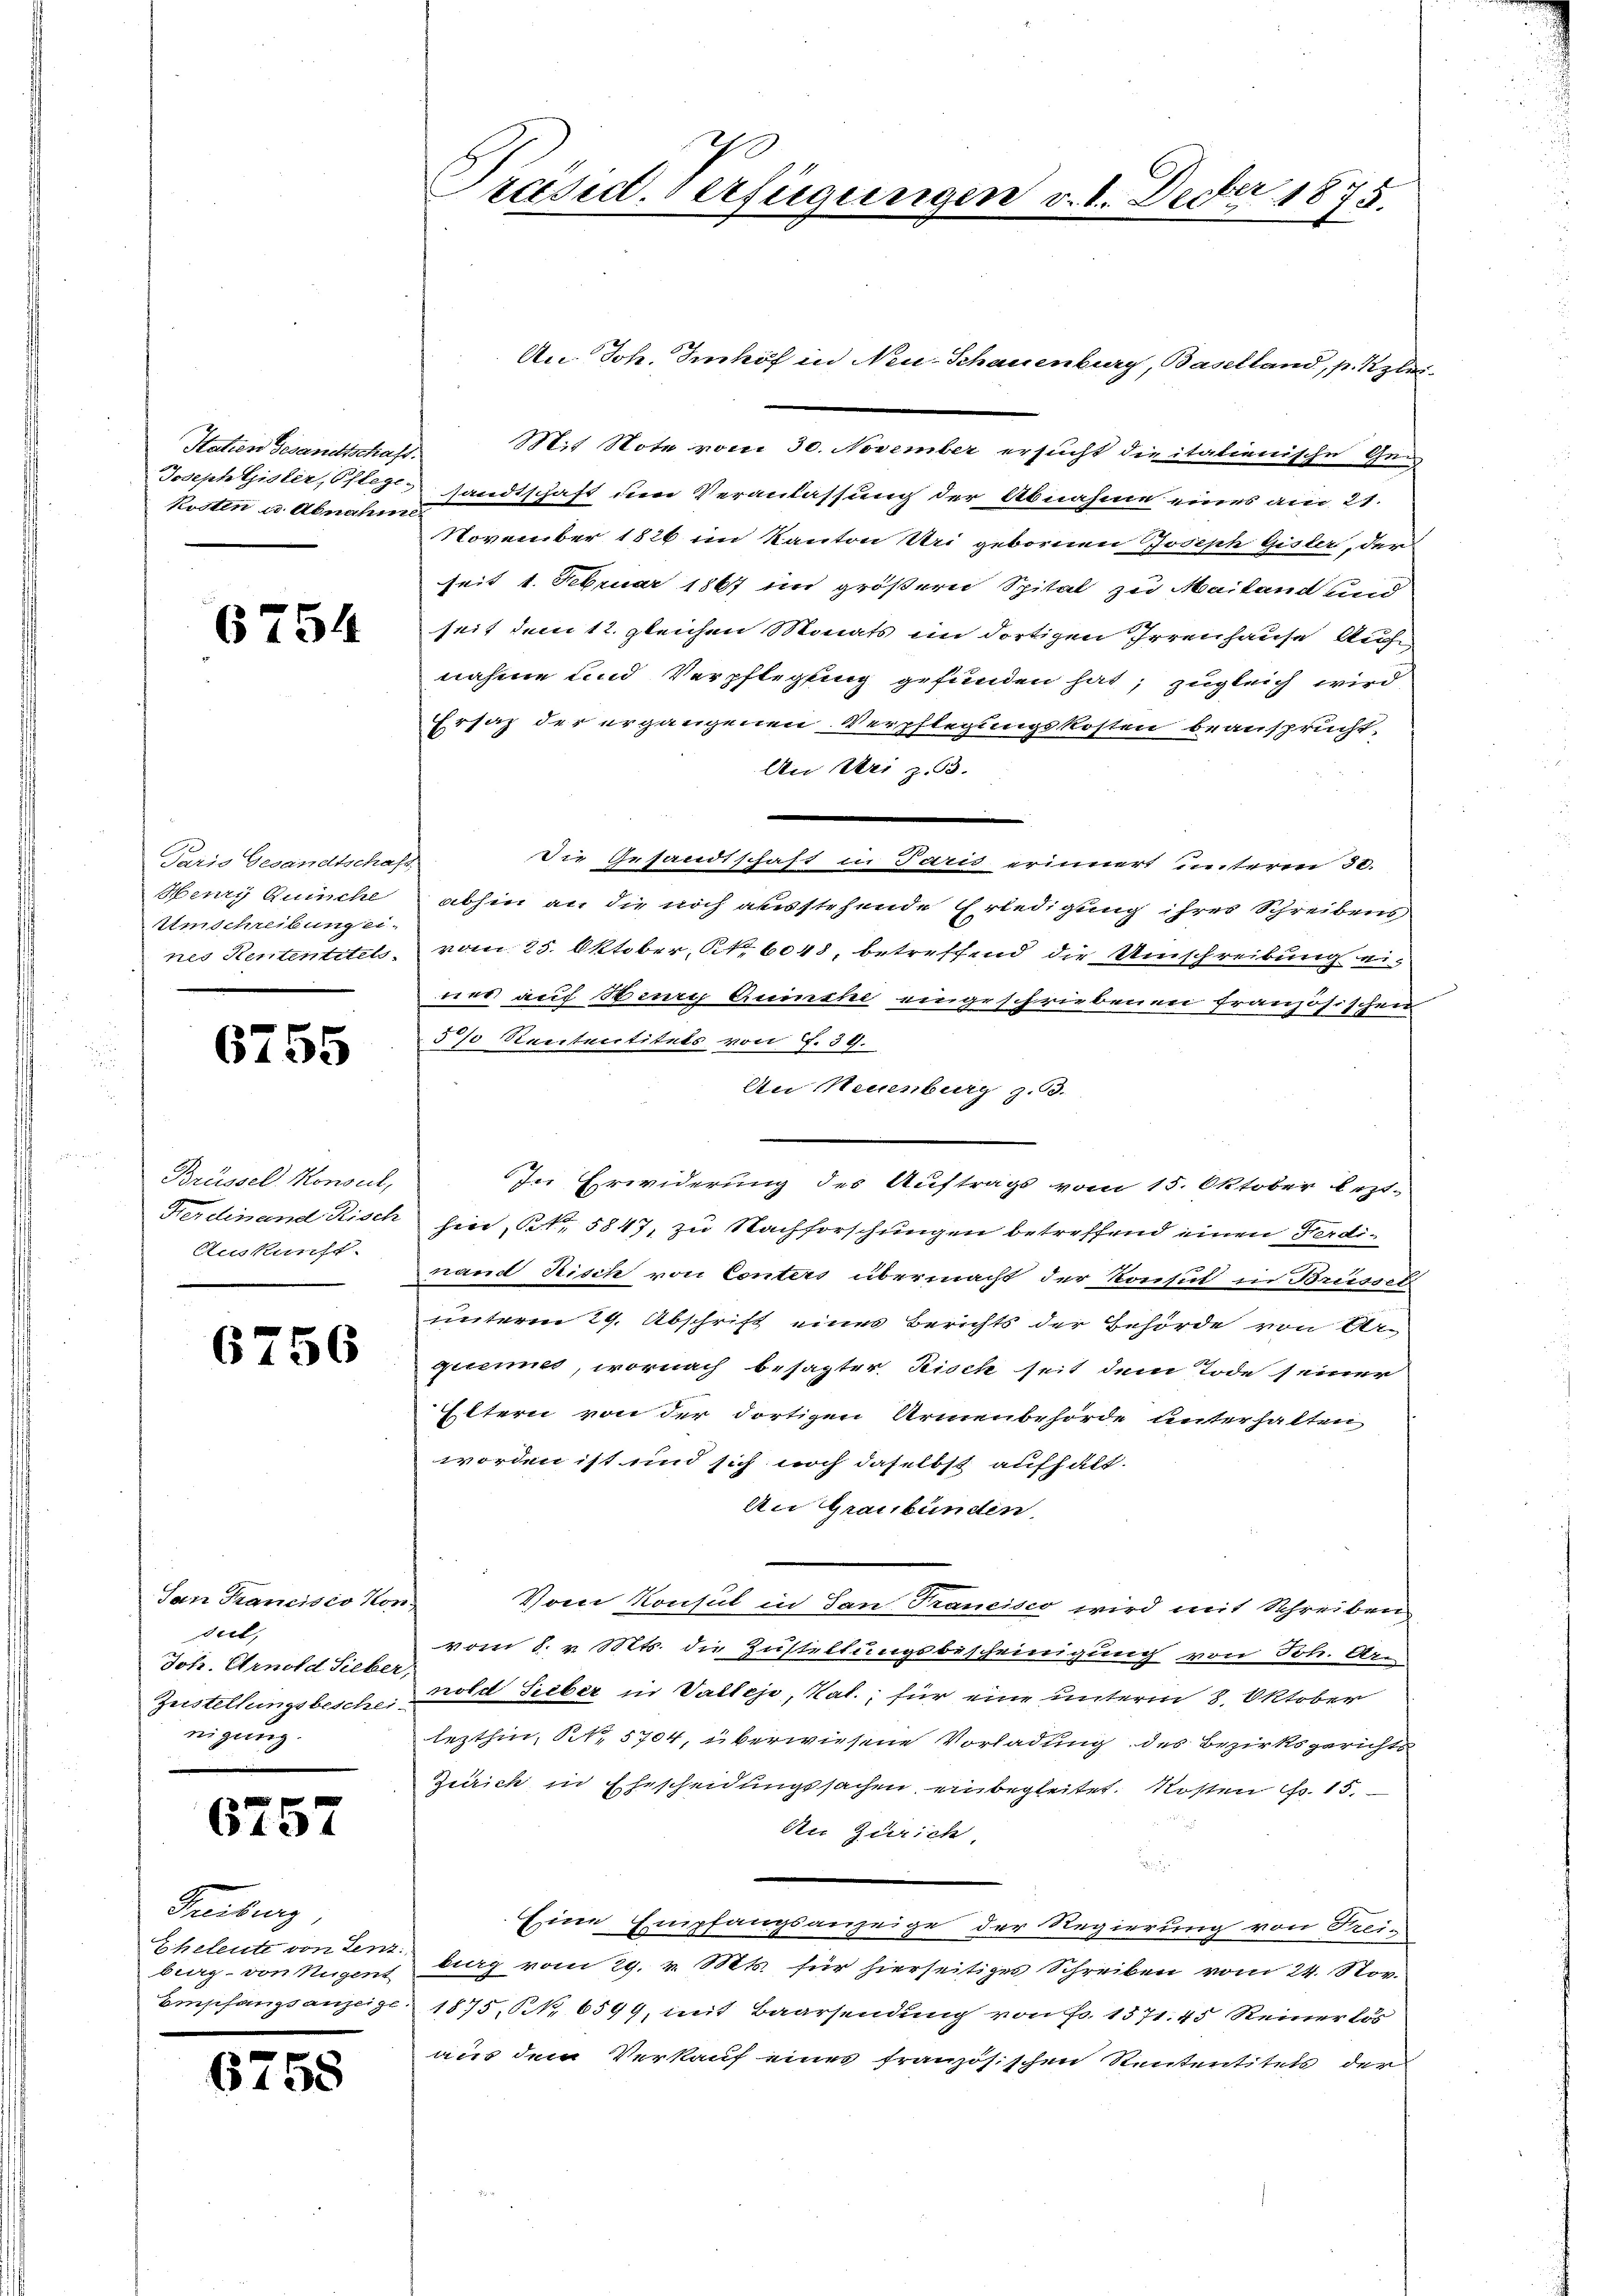
Hatien Gesandtschaft.
Kosten u. Abnahme

6754

Paris Gesandtschaft
Henry Qunche
Atmschreibung ei-
nes Rententitels.

6755

Brüssel Monsul,
Ferdinand Risch
Auskunft.

6756

San Francisco Non
diel,
Joh. Arnold Sieber,
Zustellungsbeschei-
nigung.

6757

n

Freiburg,
Eheleute von Lenz
biirg - von Nugent
Empfangsanzeige.

6758

Präsid. Verfügungen v. 1. Decber 1875.

An. Joh. Imhof in Neu-Schauenburg, Baselland, p. Kzlei-
Mit Note vom 30. November ersucht die italienische Gen
Joseph Gisler, Pflege sandtschaft den Veranlassung der Abnahme eines am 21.
November 1826 im Kanton Uri gebornen Joseph Gisler, der
seit 1. Februar 1867 im größern Spital zu Mailand und
seit dem 12. gleichen Monats im dortigen Irrenhause Auf
nahme und Verpflegung gefunden hat, zugleich wird
Ersaz der ergangenen Verpflegungskosten beansprucht,
An Uri z. 93.
die Gesandtschaft in Paris erinnert unterm 30.
abhin an die noch ausstehende Erledigung ihrer Schreibens
vom 25. Oktober, Nr. 6048, betreffend die Umschreibung eines auf Neury Cumshe eingeschriebenen französischen
5% Rententitets von F. 39.
An Neuenburg z. B.
In Erwiderung des Auftrags vom 15. Oktober lezt.
, Ott 5847, zu Nachforschungen betreffend einen Ferdi-
nand Risch von Conters übermacht der Konsul in Brüssel
unterm 29. Abschrift eines Berichts der Gehörde von Urgurennes, wornach besagter Risch seit dem Tode seiner
Eltern von der dortigen Armenbehörde unterhalten
worden ist und sich noch daselbst aufhält.
An Graubünden.
Vom Konsul in San Francisco wird mit Schreiben
vom 8. v. Mts. die Zustellungsbescheinigung von Joh. Ar
nold Sieber in Valleje, Rat, für eine unterm 8. Oktober
lezthin, Nr. 5704, überwiesene Vorladung des Bezirksgerichts
Zürich in Ehescheidungssachen einbegleitet. Kosten No 15.
An Zürich,
u
Eine Empfangsanzeige der Regierung von Frei-
burg vom 29. v. Mts. für hierseitiges Schreiben vom 24. Nov.
1875, S. 6599, mit Baarsendung von Fr. 1571. 45 Reiner lös
aus dem Verkauf eines französischen Rententitels der